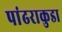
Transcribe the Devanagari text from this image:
पांढराकुडा